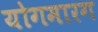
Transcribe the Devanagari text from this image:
योगमारग